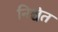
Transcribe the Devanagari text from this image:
निश्चेत